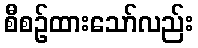
စီစဉ်ထားသော်လည်း